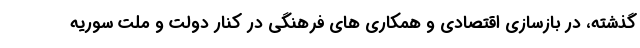
گذشته، در بازسازی اقتصادی و همکاری های فرهنگی در کنار دولت و ملت سوریه